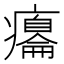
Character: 癟